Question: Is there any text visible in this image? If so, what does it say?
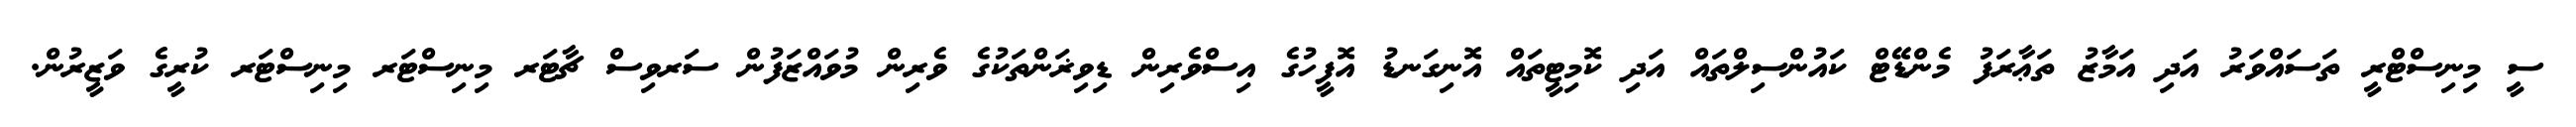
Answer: ސީ މިނިސްޓްރީ ތަސައްވަރު އަދި އަމާޒު ތަޢާރަފު މެންޑޭޓް ކައުންސިލްތައް އަދި ކޮމިޓީތައް އޮނިގަނޑު އޮފީހުގެ އިސްވެރިން ޑިވިޜަންތަކުގެ ވެރިން މުވައްޒަފުން ސަރވިސް ޗާޓަރ މިނިސްޓަރ މިނިސްޓަރ ކުރީގެ ވަޒީރުން.